Malaria in the Duars
Disease focus: Malaria
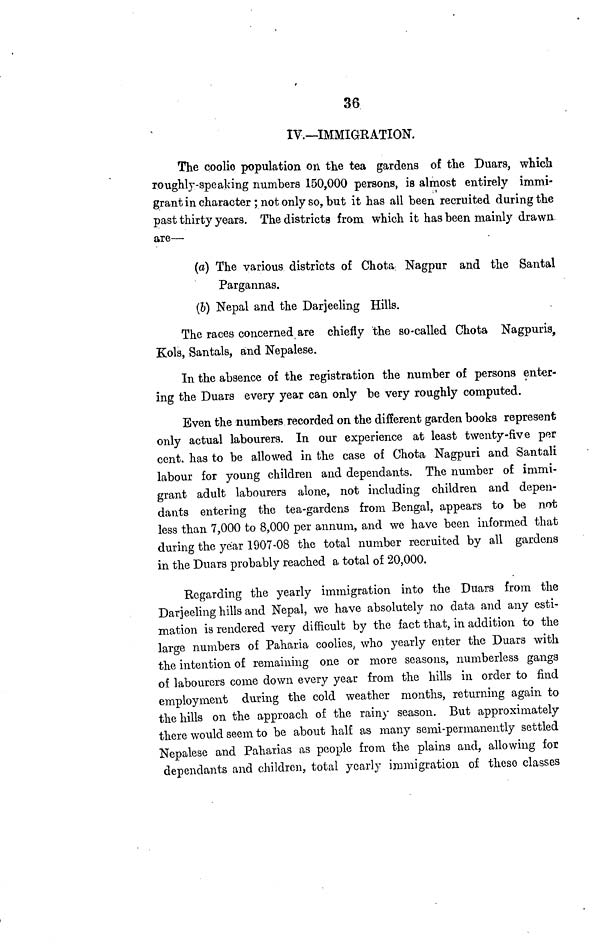
36
IV.—IMMIGRATION.
The coolie population on the tea gardens of the Duars, which
roughly-speaking numbers 150,000 persons, is almost entirely immi-
grant in character ; not only so, but it has all been recruited during the
past thirty years. The districts from which it has been mainly drawn
are—
(a) The various districts of Chota Nagpur and the Santal
Pargannas.
(b) Nepal and the Darjeeling Hills.
The races concerned are chiefly the so-called Chota Nagpuris,
Kols, Santals, and Nepalese.
In the absence of the registration the number of persona enter-
ing the Duars every year can only be very roughly computed.
Even the numbers recorded on the different garden books represent
only actual labourers. In our experience at least twenty-five per
cent. has to be allowed in the case of Chota Nagpuri and Santali
labour for young children and dependants. The number of immi-
grant adult labourers alone, not including children and depen-
dants entering the tea-gardens from Bengal, appears to be not
less than 7,000 to 8,000 per annum, and we have been informed that
during the year 1907-08 the total number recruited by all gardens
in the Duars probably reached a total of 20,000.
Regarding the yearly immigration into the Duars from the
Darjeeling hills and Nepal, we have absolutely no data and any esti-
mation is rendered very difficult by the fact that, in addition to the
large numbers of Paharia coolies, who yearly enter the Duars with
the intention of remaining one or more seasons, numberless gangs
of labourers come down every year from the hills in order to find
employment during the cold weather months, returning again to
the hills on the approach of the rainy season. But approximately
there would seem to be about half as many semi-permanently settled
Nepalese and Paharias as people from the plains and, allowing for
dependants and children, total yearly immigration of these classes